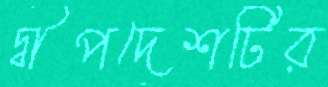
দ্বীপদেশটির